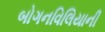
બોગનવિલિયાની